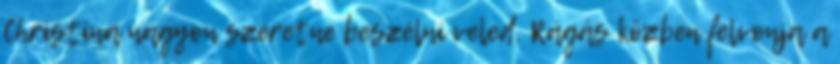
Christina nagyon szeretne beszélni veled. Rágás közben felvonja a